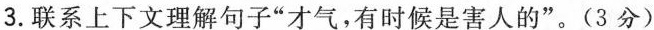
3.联系上下文理解句子”才气，有时候是害人的”。(3分)